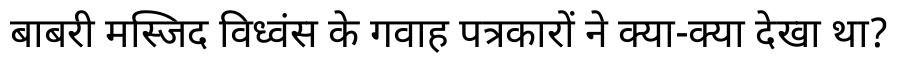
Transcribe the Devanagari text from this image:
बाबरी मस्जिद विध्वंस के गवाह पत्रकारों ने क्या-क्या देखा था?